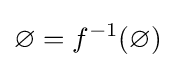
\varnothing =f^{-1}(\varnothing )